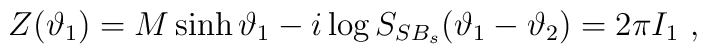
Z(\vartheta _{1})=M\sinh \vartheta _{1}-i\log S_{SB_{s}}(\vartheta _{1}-\vartheta _{2})=2\pi I_{1}\, \, ,